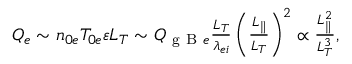
\begin{array} { r } { Q _ { e } \sim n _ { 0 e } T _ { 0 e } \varepsilon L _ { T } \sim Q _ { \mathrm { ~ g ~ B ~ } e } \frac { L _ { T } } { \lambda _ { e i } } \left( \frac { L _ { \parallel } } { L _ { T } } \right) ^ { 2 } \propto \frac { L _ { \parallel } ^ { 2 } } { L _ { T } ^ { 3 } } , } \end{array}